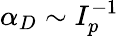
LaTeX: \alpha_{D}\sim I_{p}^{-1}